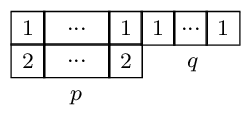
\mbox{\setlength{\unitlength}{1em}\begin{picture}(7.5,2)\put(0,1){\framebox (1,1){\scriptsize $1$}}\put(1,1){\framebox (2,1){\scriptsize $...$}}\put(3,1){\framebox (1,1){\scriptsize $1$}}\put(4,1){\framebox (1,1){\scriptsize $1$}}\put(5,1){\framebox (1,1){\scriptsize $...$}}\put(6,1){\framebox (1,1){\scriptsize $1$}}\put(0,0){\framebox (1,1){\scriptsize $2$}}\put(1,0){\framebox (2,1){\scriptsize $...$}}\put(3,0){\framebox (1,1){\scriptsize $2$}}\put(1.8,-.7){\scriptsize $p$}\put(5.4,.3){\scriptsize $q$}\end{picture}}